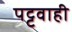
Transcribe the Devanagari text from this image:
पट्टवाही